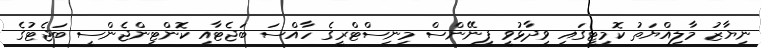
ނިޔާޒު މާލިއްޔަތު ކޮމިޓީގައި ވިދާޅުވީ ފިނޭންސް މިނިސްޓްރީގެ ހާއްސަ ބަޖެޓާއި ކޮންޓިންޖެންސީ ބަޖެޓުގެ